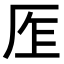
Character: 𠩎